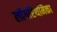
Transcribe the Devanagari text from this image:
लॉगरिथमिका